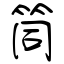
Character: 筒